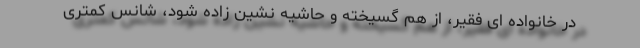
در خانواده ای فقیر، از هم گسیخته و حاشیه نشین زاده شود، شانس کمتری